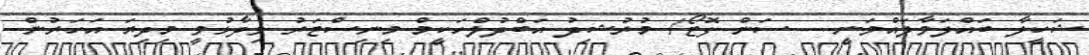
ޝަކީލާ ބައްލަވާލައްވަނީ--- ސަން ފޮޓޯ/ މުރުޝިދު އަބްދުލްހަކީމް މިނިސްޓަރު ވިދާޅުވީ މިދިޔަ އަހަރުން